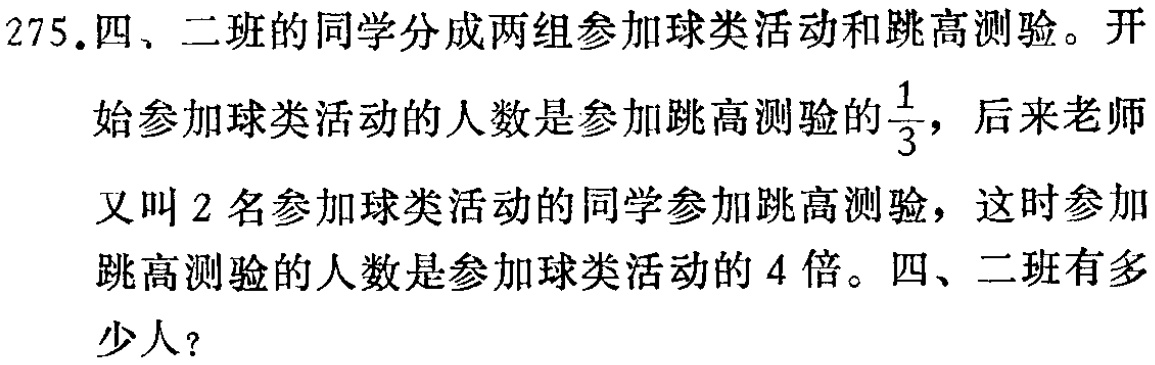
275.四、二班的同学分成两组参加球类活动和跳高测验。开始参加球类活动的人数是参加跳高测验的$\frac{1}{3}$，后来老师又叫2名参加球类活动的同学参加跳高测验，这时参加跳高测验的人数是参加球类活动的4倍。四、二班有多少人？